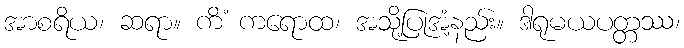
အာစရိယ၊ ဆရာ။ ကိံ ကရောထ၊ အသို့ပြုအံ့နည်း။ ဒါရုမယပတ္တဿ၊